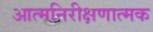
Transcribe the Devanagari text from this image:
आत्मनिरीक्षणात्मक